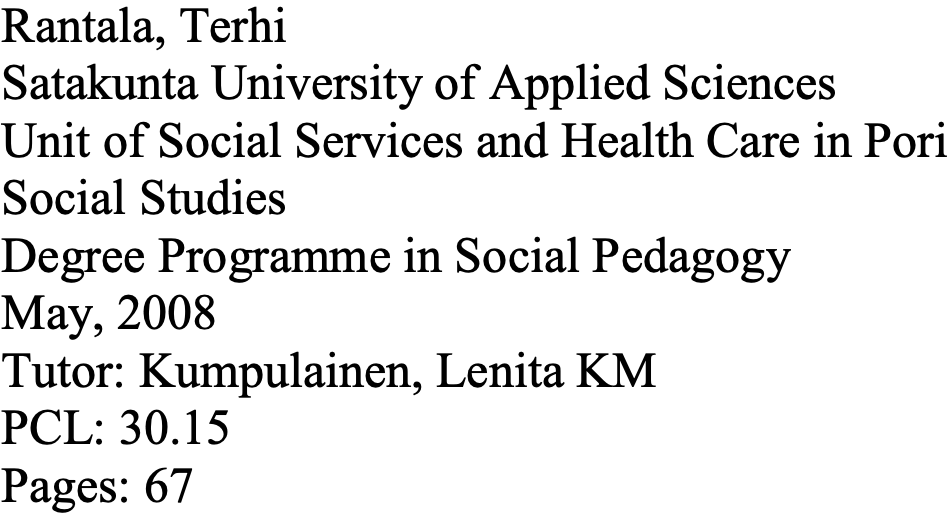
Rantala, Terhi Satakunta University of Applied Sciences Unit of Social Services and Health Care in Pori Social Studies Degree Programme in Social Pedagogy May, 2008 Tutor: Kumpulainen, Lenita KM PCL: 30.15 Pages: 67